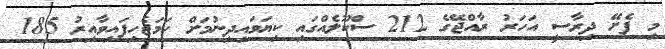
މި ފެށޭ ދިރާސީ އަހަރު ރާއްޖޭގެ 212 ސްކޫލެއްގައި ކިޔަވައިދިނުމަށް ހަމަޖެހިފައިވާއިރު 185